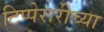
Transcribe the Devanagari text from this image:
टिप्पेरारीच्या